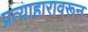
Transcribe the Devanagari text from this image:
प्रत्याहारावरून